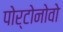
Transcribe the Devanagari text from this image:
पोर्टोनोवो